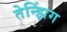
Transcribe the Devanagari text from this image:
तेन्झिंग